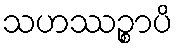
သဟဿဉ္စာပိ